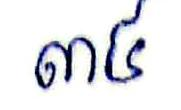
៣៤